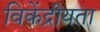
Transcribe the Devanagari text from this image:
विकेंद्रीयता